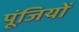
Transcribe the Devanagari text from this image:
पूंजियों